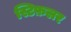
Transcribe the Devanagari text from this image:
स्टिफ़लर